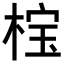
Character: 𬃏